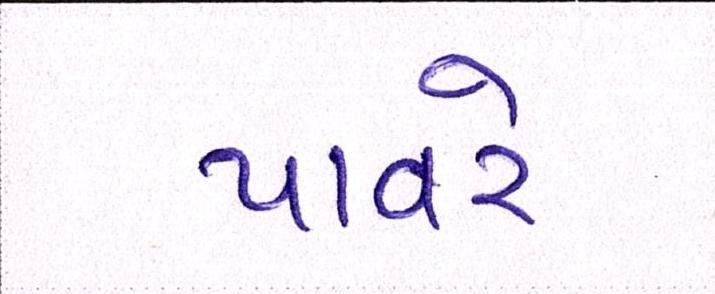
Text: પાવરે